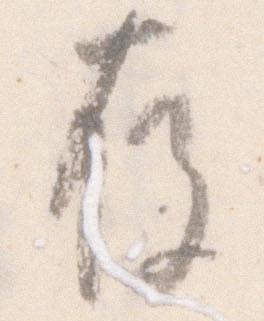
存